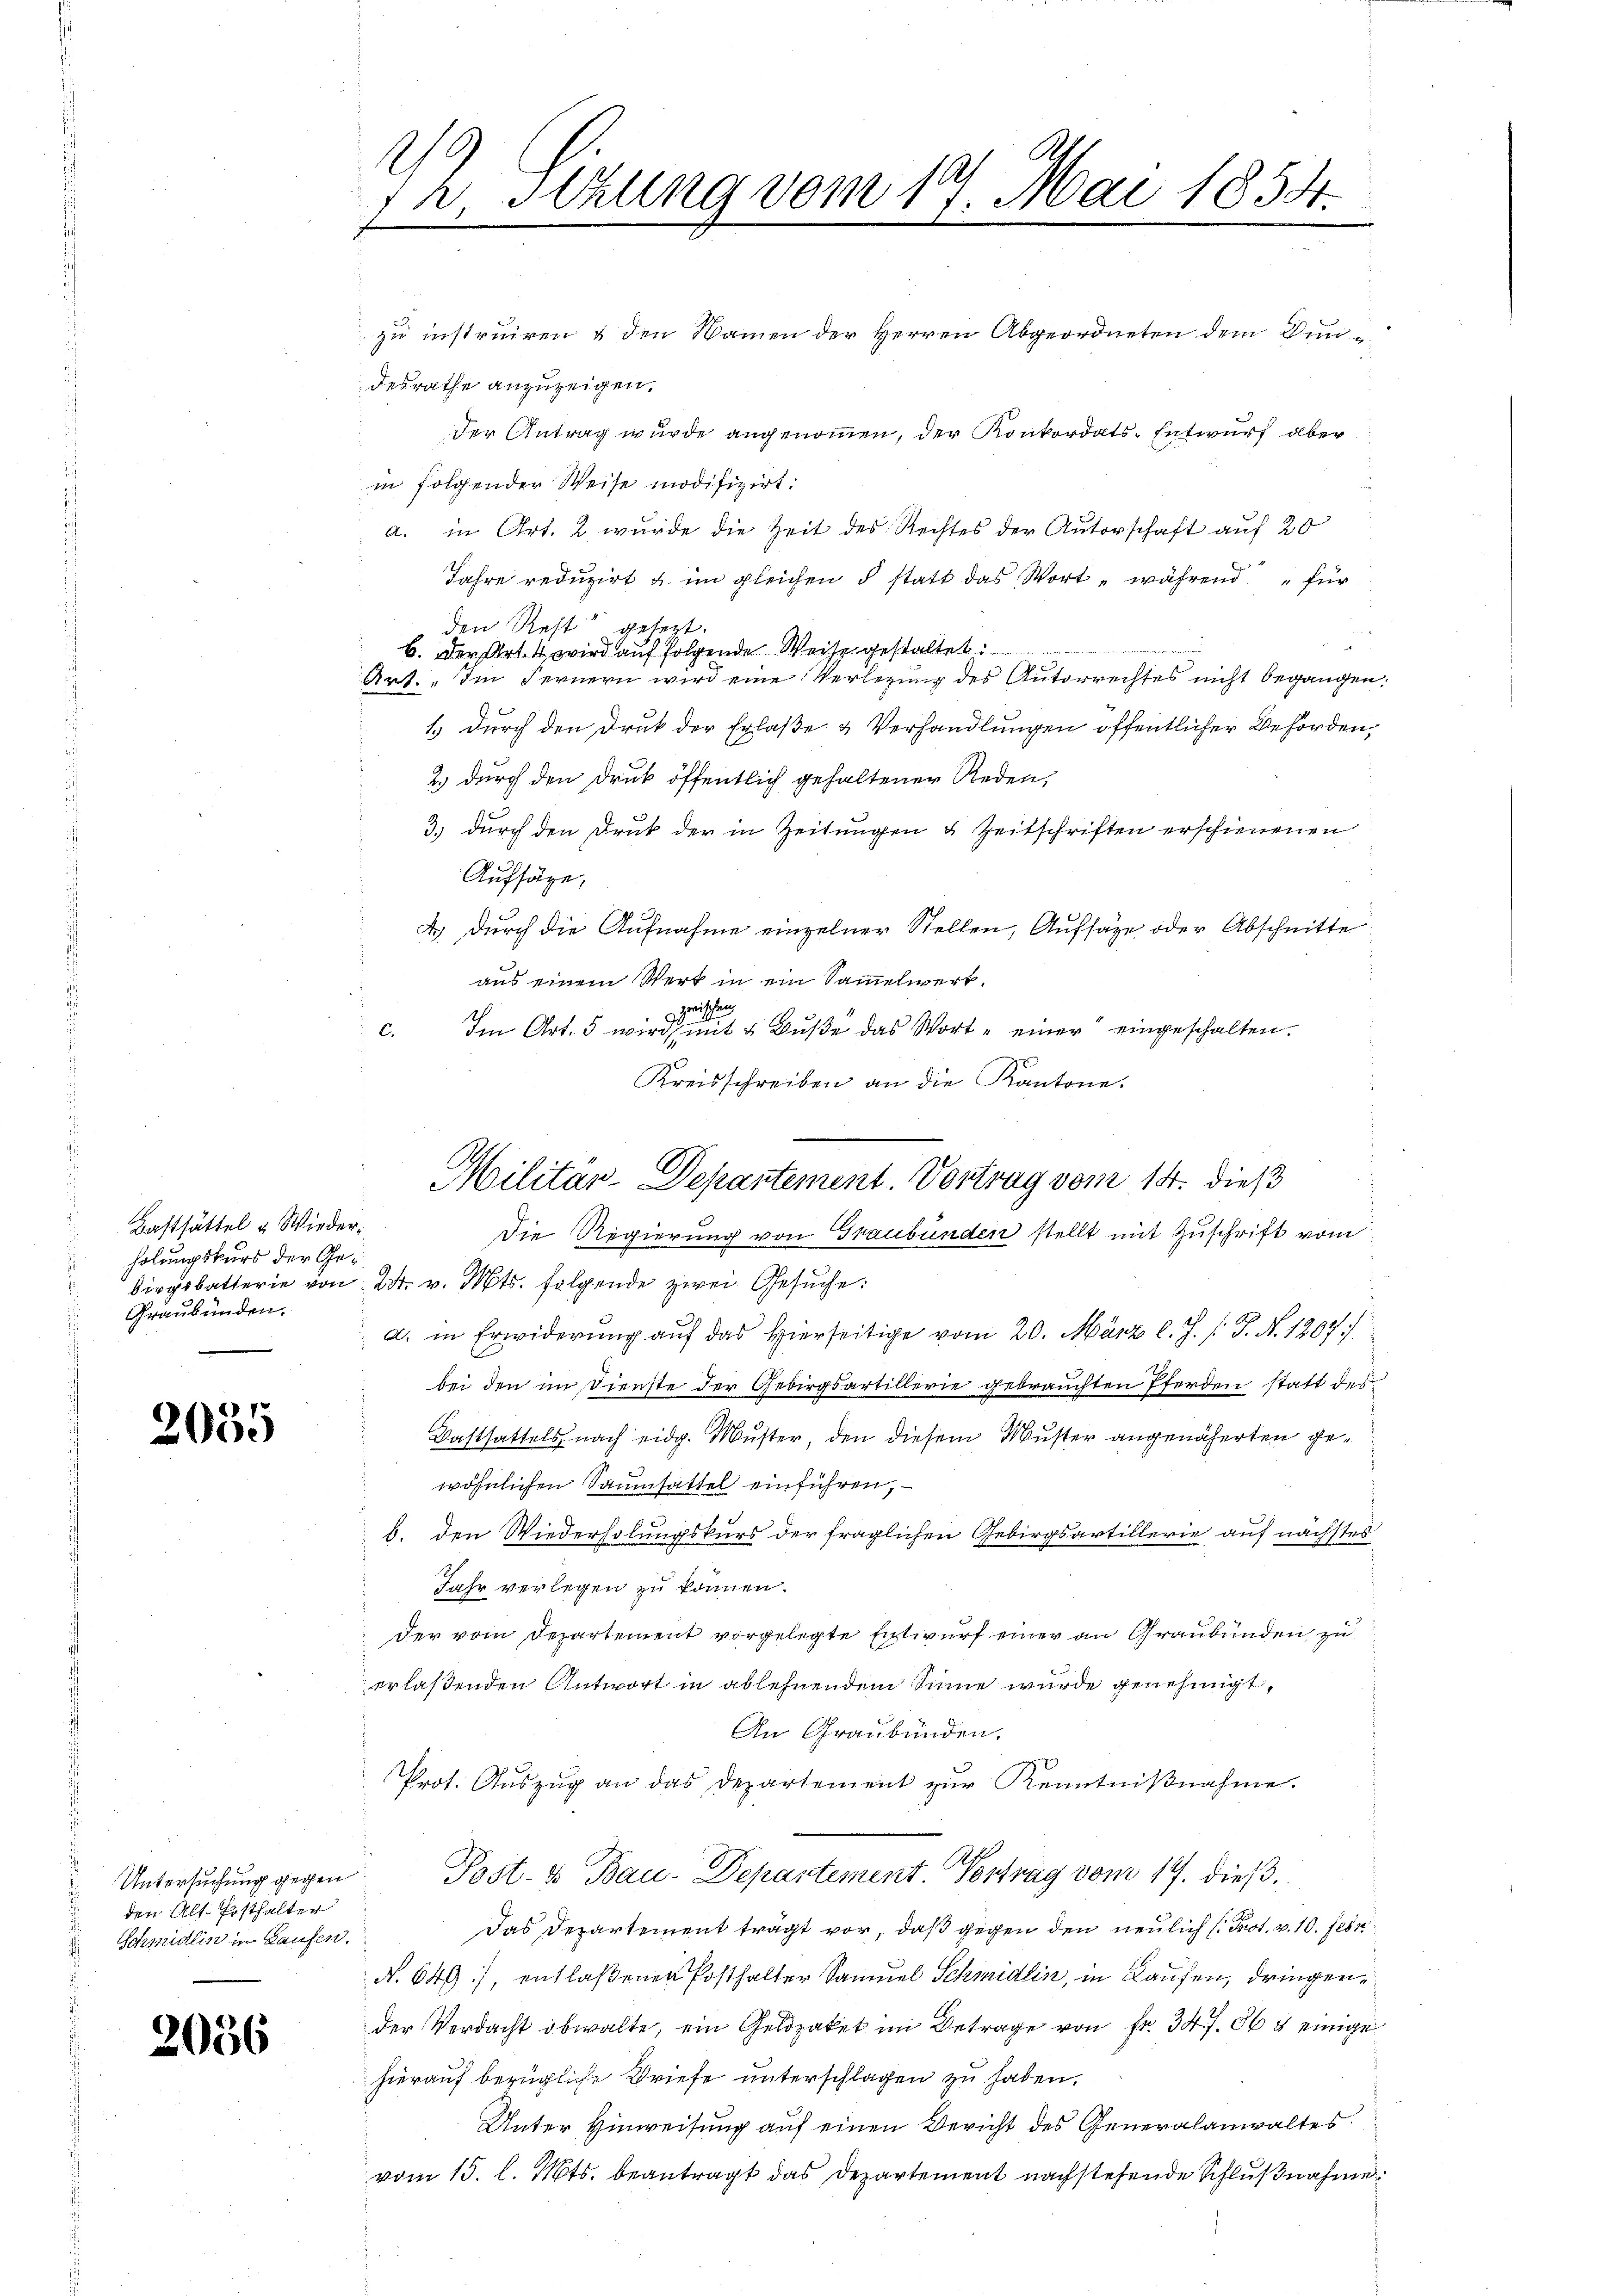
Basthättel u Wiederholungskurs der Ge¬
Graubünden.

2055

Untersuchung gegen
den Alt-Festhalter
Schmidlin in Laufen.

2036

72 Sizung vom 17. Mai 1854.

zu instruiren & den Namen der Herren Abgeordneten dem Bundesrathe anzuzeigen.
der Antrag wurde angenommen, der Konkordats-Entwurf aber
in folgender Weise modifizirt:
a. in Art. 2 wurde die Zeit des Rechtes der Autorschaft auf 20
Jahre reduzirt u. im gleichen § statt das Wort „ während für
den Rest gelegt.
b. Der Art. 4 wird auf folgende Weise gestaltet.
Art: „Im Fernern wird eine Verlegung des Autorrechtes nicht begangen,
1.) Durch den Druk der Erlaße & Verhandlungen öffentlicher Behörden,
2.) durch den Druk öffentlich gehaltener Reden,
3.) durch den Druck der in Zeitungen u Zeitschriften erschienenen
Aufsäge,
4.) Durch die Aufnahme einzelner Stellen, Aufsäze oder Abschnitte
aus einem Werk in ein Sammelwert.
guischen
Im Art. 5 wird mit 4 Buße das Wort einer eingeschalten.
C.
Kreisschreiben an die Kantone.
Die Regierung von Graubünden stellt mit Zuschrift vom
birgsbatterie von 24. v. Mts. folgende zwei Gesuche:
a. in Erwiderŭng auf das Hierseitige vom 20. März l. J. J. N. 1267)
bei den im Dienste der Gebirgsartillerie gebrauchten Pferden statt des
Dasthattels nach eidg. Muster den diesem Muster angenäherten gewöhnlichen Saumsattel einführen,
b. den Wiederholungskurs der fraglichen Gebirgsartillerie auf nächstes
Jahr verlegen zu können.
der vom Departement vorgelegte Entwurf einer an Graubünden zu
erlaßenden Antwort in ablehnendem Sinne wurde genehmigt,
An Graubünden.
Prot. Aŭszŭg an das Departement zŭr Kenntniβnahme.
Post- & Bau-Departement. Vortrag vom 17. dieß,
Das Departement trägt vor, daß gegen den neulich (Prot. v. 10. fes
N. 649), entlaßenen Posthalter Samuel Schmidlin, in Kaufen, dringender Verdacht obwalte, ein Geldzaket im Betrage von fr. 34 f. 66 & einige
hierauf bezügliche Briefe unterschlagen zu haben.
Unter Hinweisung auf einen Bericht des Generalanwaltes
vom 15. l. Mts. beantragt das Departement nachstehende Schlußnahme

Militar-Depantement. Vortrag vom 14. dieß